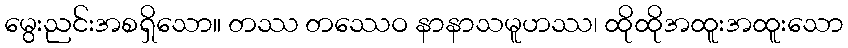
မွေးညင်းအစရှိသော။ တဿ တဿေဝ နာနာသမူဟဿ၊ ထိုထိုအထူးအထူးသော